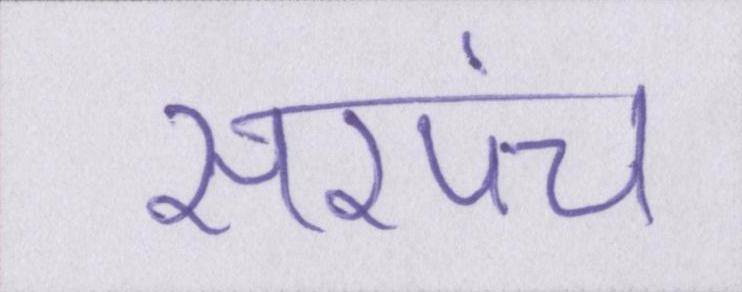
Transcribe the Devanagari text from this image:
सरपंच